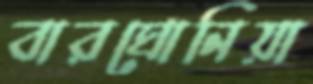
বারঘোনিয়া